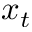
x _ { t }